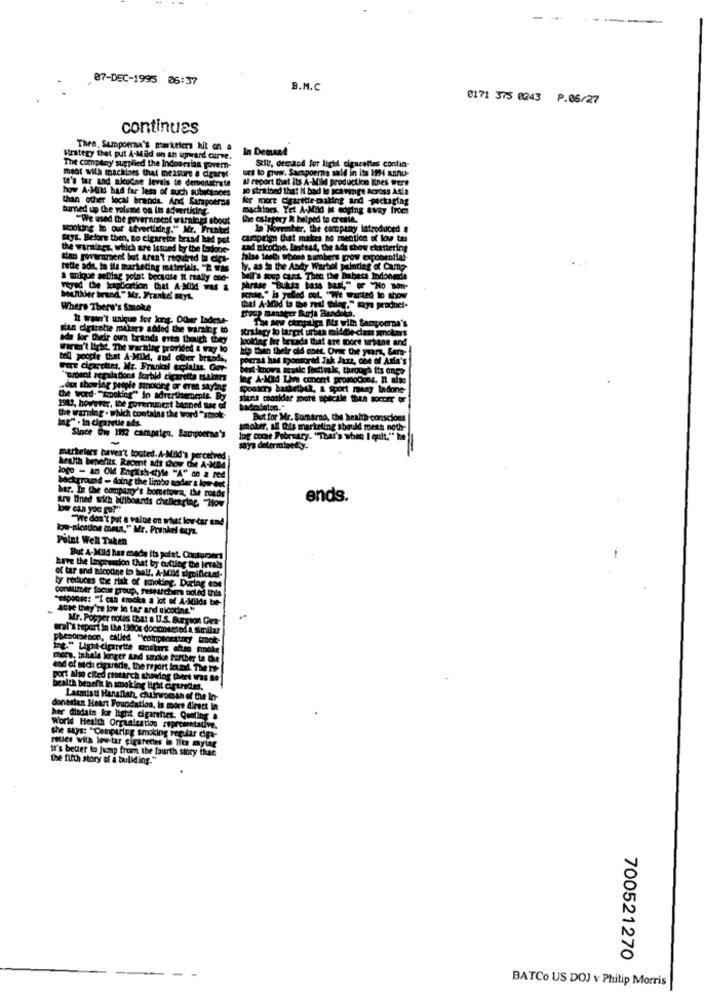
07-DEC-1995 06:37
B.M.C
0171 375 0043 P.06/27
continues
Then, Sumpoerna's marketers hit on a
In Demand
strategy that put A-Mild on an upward curve.
Stilt, demand for light cigarettes contin-
The company supplied the Indonesian govern-
medt wilh machines that measure a draret.
uds to puy. Sarspoerna sald in its 1994 annu-
te's tar and nicodne levels to demonstrate
how A-Mild had far less of such substances
al report that its A-Mild production Ines were
10 strained that it bad lo scaringe across Asia
than other local brands. And Sampoerna
for more Cigarette making and packaging
turned up the volume on Its advertising.
machines. Yet A-Mild is edging away from
"We used the government warlords about
category R helped to create.
smolding In our advertieing." Mr. Frunkel
In Norminber, the company introduced #
says. Before then, no cigarette brand had pat
caroorion that makes no mention of low tas
the warnings, which are issued by the Lockone-
Lad nicotine. Instead, the ads show chattering
the government but aren't required to eiga-
false teeth whess sinbers grow exponential
rette ads, in ils marketing materials. "2 Was
ly. as 2 the Andy Warhol painting of Camp
a unique selling point because it really coe-
bull's soup Cart Then the Babesa Indonesia
boulthier brand." Mr. Franke' myL.
is yebrd cot. "We wanted to show
e warted to show
Where There's Smoke
that A-MOHd is the real thing." maga prodnet-
group manager Surja Bandol.
It wasn't unique for long. Odwar Indese-
The Bow chopliga Ats with Sampoerna's
man ciritette mibeen added the warning to
strategy to target urbes middle-dets smokers
ads for their own brands even though they
looking for bruads that are port urbane and
warm't light. The warning provided & way to
lip than their did ones. Over the years, Sar-
tell poople that A-Mild, and other brands,
porras has sponsored Jak Jazz, che of Aria's
pure cigarettes, Mr. Frankel emplaluz, Gor-
best-Inowa Biraale factink, through its onco
"ordent regulations forbid cigarette takers
for A-MI4 Live concert promodons, n alac
.ou showing people sinoiding or even saying
sockers basketbal, & Sport many Indone-
the word- "smoking" In advertisements. Byy
siers consider more apecale than soccer or
1943, however, the government banned me off
Badelaton."
the warnlag . which contains the word "stack-
Ing" . in cigarette ads.
But for Mr. Sumarno, the health conscious
smoker, all this marketing should moens noth
Since Ow 1112 camprigy. Samiporras's
Jog coche February. "That's when I quit." he
martelers baver't touted. A-Mild's perceived
health benefits. Recent ads show Chie A-MD4
logo - an Old English-style "A" on a red
background - doing the limbo andar a low-oot
arv lined With billboards challenging. "How
ber. In the company's hometown, the ronds
ends.
bw can you go?"
"We don't pat a value on what low tar und
low-nicidne moms," Mr. Frankel Guys.
Point Well Taken
But A-Mild has made Its polat. Conturaert
have the Impression that by cutting the lerals
of tar and nicotine to hell. A-Mild significant-
contattmer focus group, ressurchar poled this
ly reduces the risk of smoking. During ene
"espouse: "I ca socke a lot of A-Milds be-
ache they're low in tar and nicotine."
Mr. Popper notes that a U.S. Surgeon Gen-
eral's report in the 19dos documented a Similar
phenomenon, called "compensatory mok-
more, tahale kriger and smoke further to che
and of such cigarade, the report found. The Tt-
port Also cited research showing Dort was ne
wealth benefit In smoking light cirursites,
Lacmisti Hanallah, chairwoman of the In-
doneslan Heart Foundation, is more direct in
her disdata ke light cigarettes. Quoting a
World Health Organization riprese
she says: "Comparing smoking regular dra-
rtles with low tar sigarenes in lite mying
it's better to jump from the fourth story that
the fifth story of & buliding."
700521270
BATCo US DOJ v Philip Morris